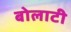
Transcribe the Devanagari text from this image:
बोलाटी